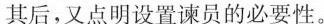
其后，又点明设置谏员的必要性。